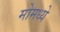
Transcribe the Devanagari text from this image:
मोमध्ये